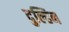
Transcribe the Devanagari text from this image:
दुल्हिन